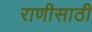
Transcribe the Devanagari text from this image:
राणीसाठी